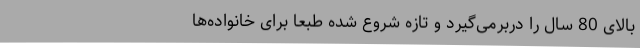
بالای 80 سال را دربرمی‌گیرد و تازه شروع شده طبعا برای خانواده‌ها